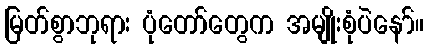
မြတ်စွာဘုရား ပုံတော်တွေက အမျိုးစုံပဲနော်။